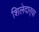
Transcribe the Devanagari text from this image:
शिलेदार्‍या